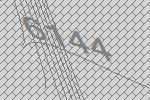
6144